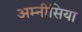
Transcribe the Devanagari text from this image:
अम्नीसिया